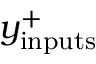
y _ { \mathrm { i n p u t s } } ^ { + }